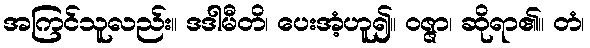
အကြင်သူလည်း။ ဒဒါမီတိ၊ ပေးအံ့ဟူ၍။ ဝဇ္ဇာ၊ ဆိုရာ၏။ တံ၊